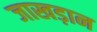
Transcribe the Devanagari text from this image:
जाखड़ान